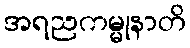
အရညကမ္မုနာတိ